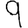
Digit: 9